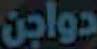
دواجن